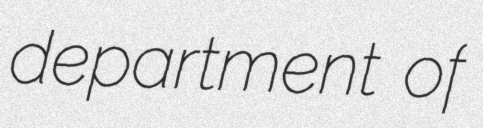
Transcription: department of